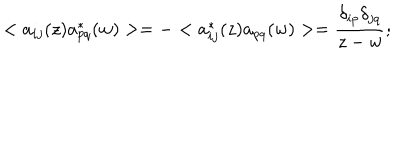
< a _ { i j } ( z ) a _ { p q } ^ { * } ( w ) > = - < a _ { i j } ^ { * } ( z ) a _ { p q } ( w ) > = \frac { \delta _ { i p } \delta _ { j q } } { z - w } ;